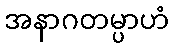
အနာဂတမ္ပာဟံ